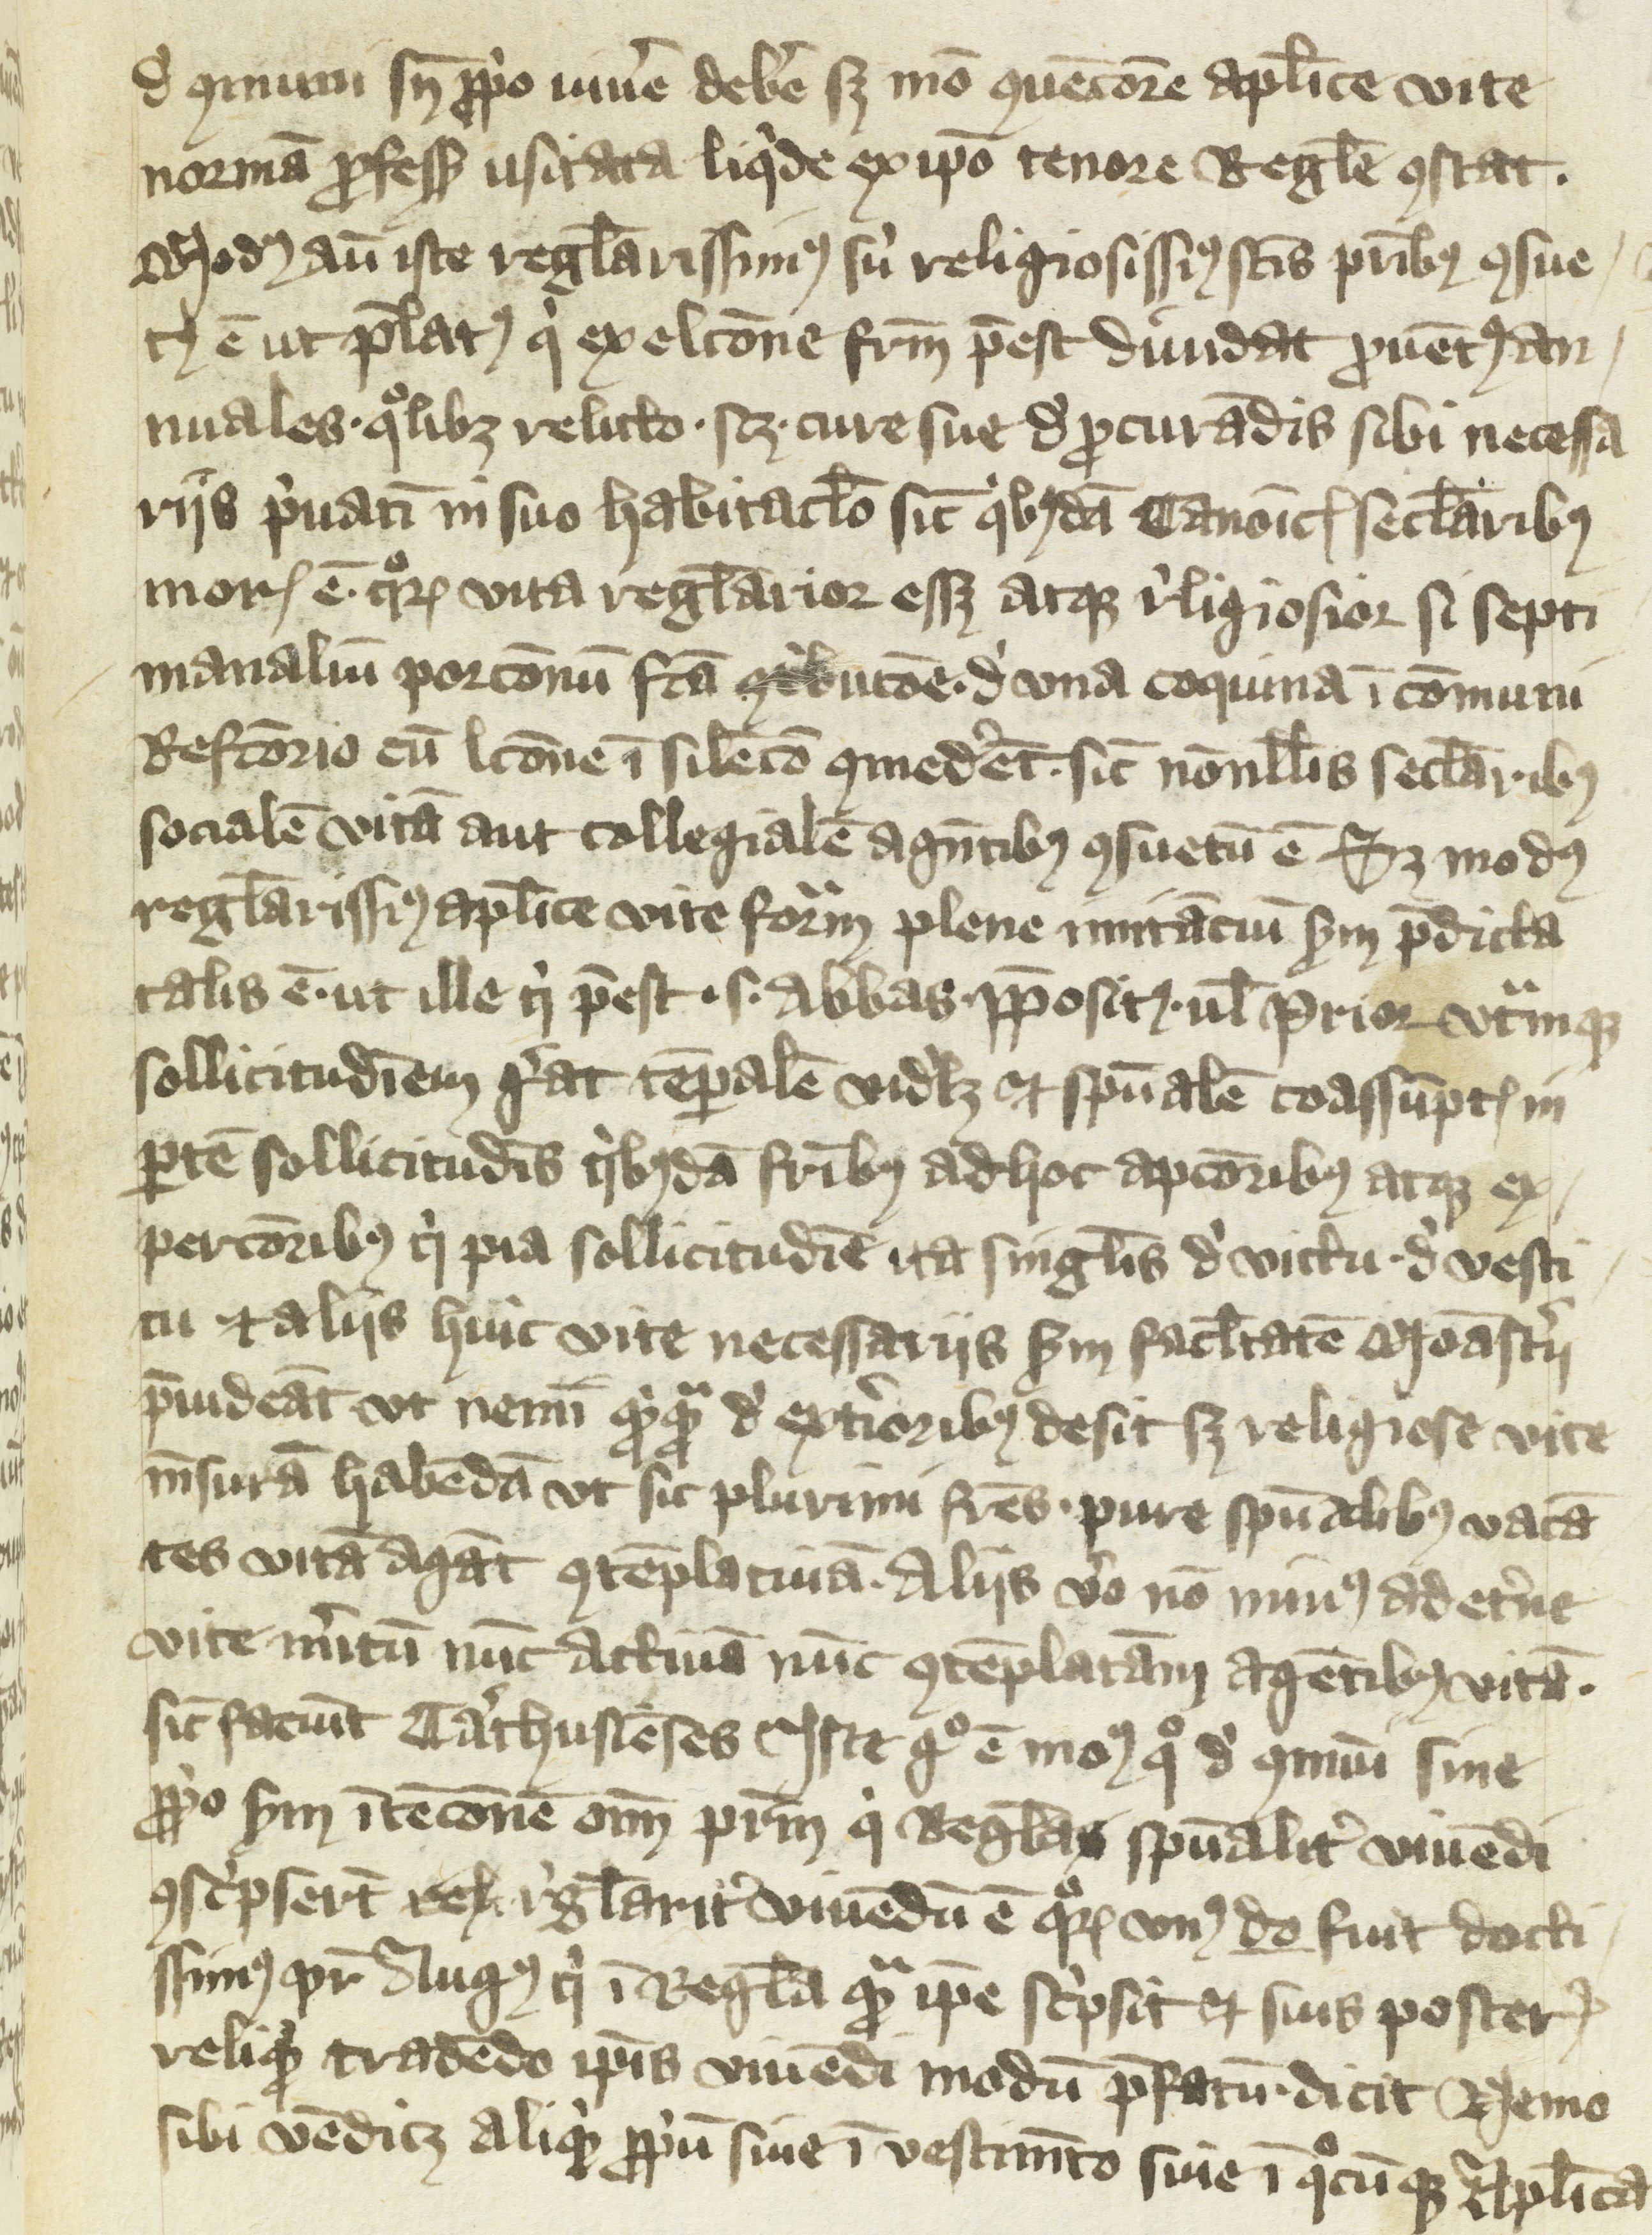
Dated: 1430–1430